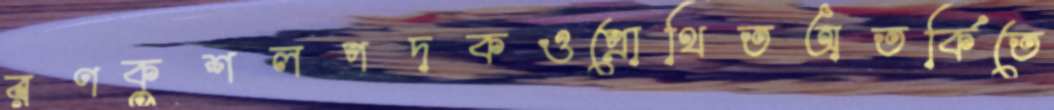
রণকুশলপদকওপ্রোথিতঅতর্কিতে